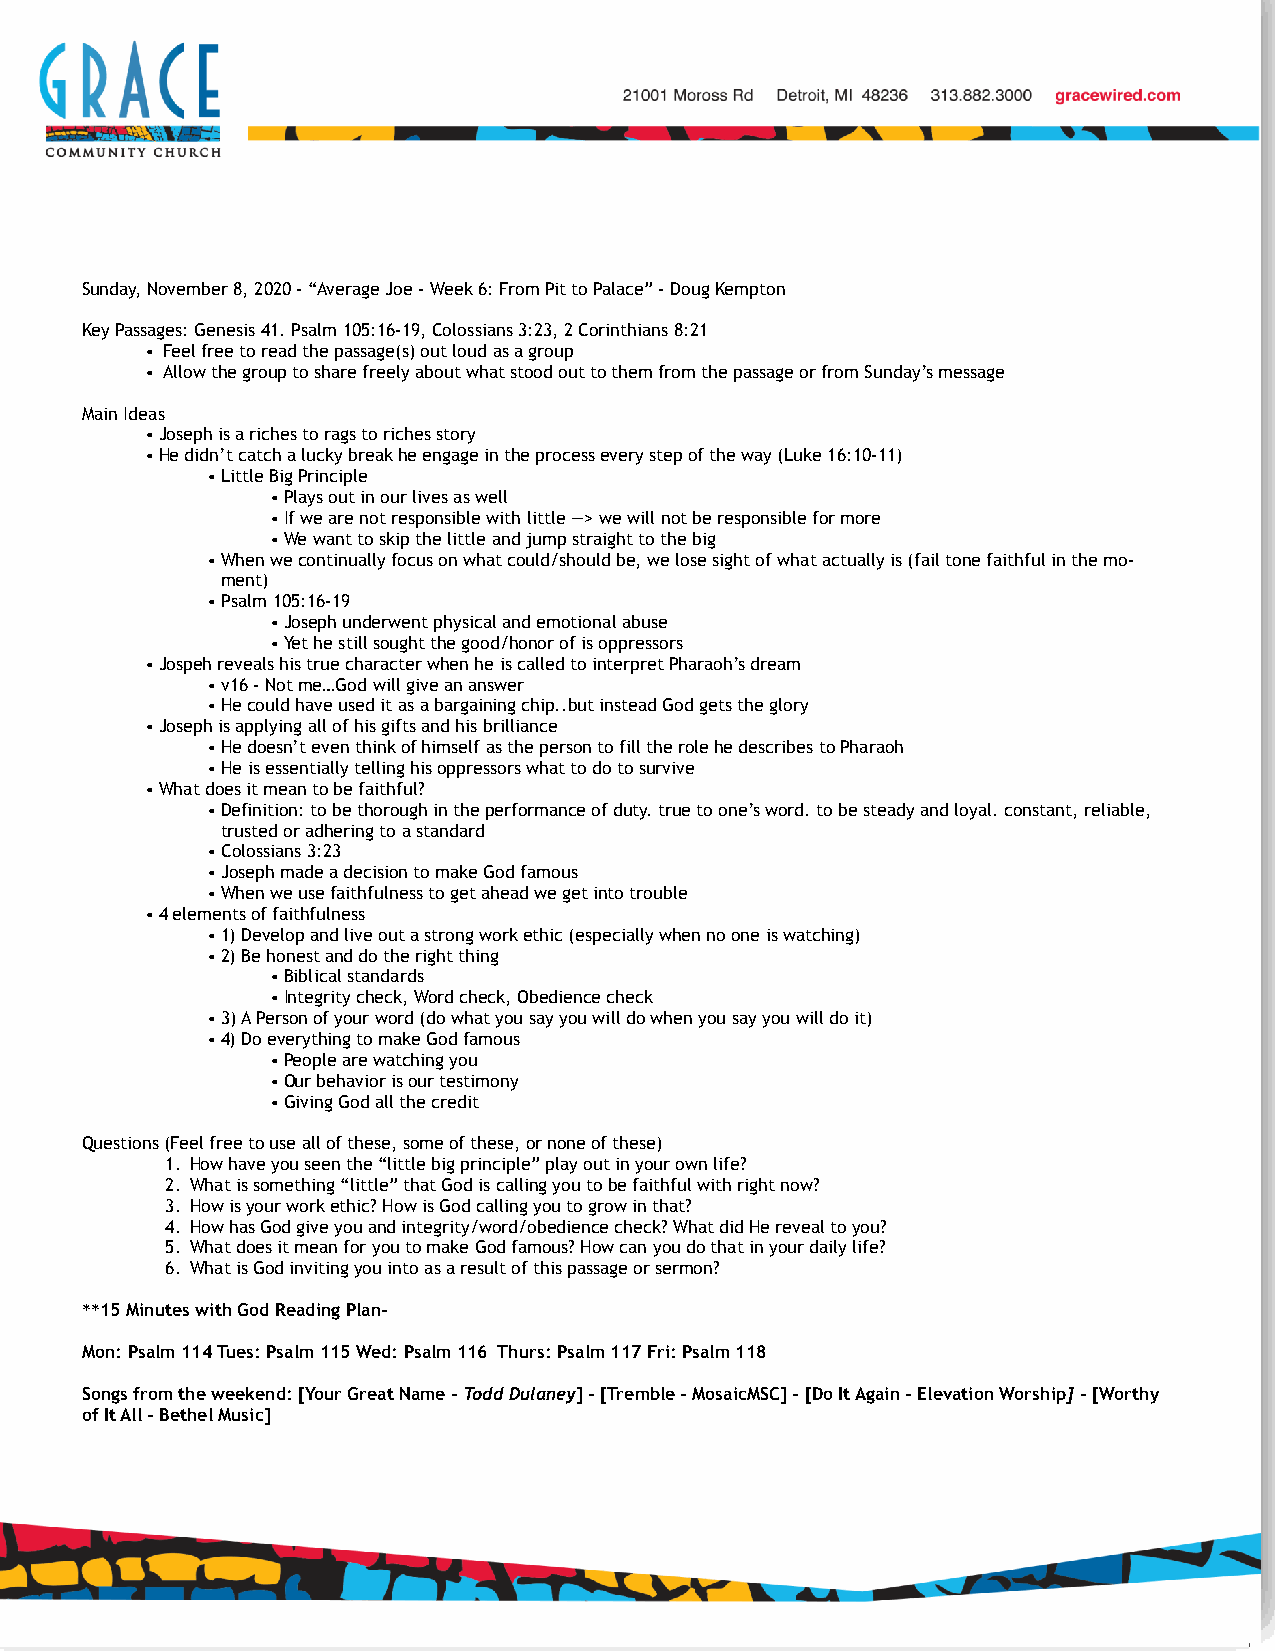
Sunday, November 8, 2020 - “Average Joe - Week 6: From Pit to Palace” - Doug Kempton
 Key Passages: Genesis 41. Psalm 105:16-19, Colossians 3:23, 2 Corinthians 8:21
 • Feel free to read the passage(s) out loud as a group
 • Allow the group to share freely about what stood out to them from the passage or from Sunday’s message
 Main Ideas
 •Joseph is a riches to rags to riches story
 •He didn’t catch a lucky break he engage in the process every step of the way (Luke 16:10-11)
 •Little Big Principle
 •Plays out in our lives as well
 •If we are not responsible with little —> we will not be responsible for more
 •We want to skip the little and jump straight to the big
 •When we continually focus on what could/should be, we lose sight of what actually is (fail tone faithful in the mo-
 ment)
 •Psalm 105:16-19
 •Joseph underwent physical and emotional abuse
 •Yet he still sought the good/honor of is oppressors
 •Jospeh reveals his true character when he is called to interpret Pharaoh’s dream
 •v16 - Not me…God will give an answer
 •He could have used it as a bargaining chip..but instead God gets the glory
 •Joseph is applying all of his gifts and his brilliance
 •He doesn’t even think of himself as the person to fill the role he describes to Pharaoh
 •He is essentially telling his oppressors what to do to survive
 •What does it mean to be faithful?
 •Definition: to be thorough in the performance of duty. true to one’s word. to be steady and loyal. constant, reliable,
 trusted or adhering to a standard
 •Colossians 3:23
 •Joseph made a decision to make God famous
 •When we use faithfulness to get ahead we get into trouble
 •4 elements of faithfulness
 •1) Develop and live out a strong work ethic (especially when no one is watching)
 •2) Be honest and do the right thing
 •Biblical standards
 •Integrity check, Word check, Obedience check
 •3) A Person of your word (do what you say you will do when you say you will do it)
 •4) Do everything to make God famous
 •People are watching you
 •Our behavior is our testimony
 •Giving God all the credit
 Questions (Feel free to use all of these, some of these, or none of these)
 1. How have you seen the “little big principle” play out in your own life?
 2. What is something “little” that God is calling you to be faithful with right now?
 3. How is your work ethic? How is God calling you to grow in that?
 4. How has God give you and integrity/word/obedience check? What did He reveal to you?
 5. What does it mean for you to make God famous? How can you do that in your daily life?
 6. What is God inviting you into as a result of this passage or sermon?
 **15 Minutes with God Reading Plan-
 Mon: Psalm 114 Tues: Psalm 115 Wed: Psalm 116 Thurs: Psalm 117 Fri: Psalm 118
 Songs from the weekend: [Your Great Name - Todd Dulaney] - [Tremble - MosaicMSC] - [Do It Again - Elevation Worship] - [Worthy
 of It All - Bethel Music]